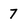
Character: 7